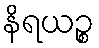
နိရယဉ္စ